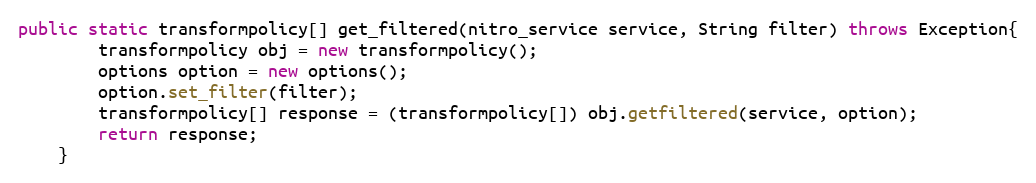
Language: Java
public static transformpolicy[] get_filtered(nitro_service service, String filter) throws Exception{
		transformpolicy obj = new transformpolicy();
		options option = new options();
		option.set_filter(filter);
		transformpolicy[] response = (transformpolicy[]) obj.getfiltered(service, option);
		return response;
	}